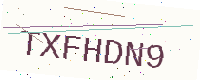
Text: TXFHDN9